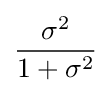
{\frac {\sigma ^{2}}{1+\sigma ^{2}}}